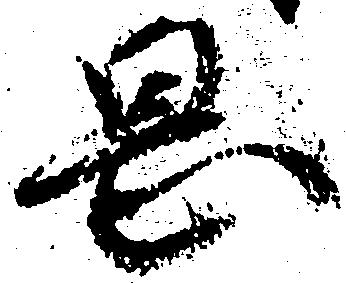
岡